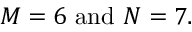
M = 6 \mathrm { \ a n d \ } N = 7 .